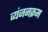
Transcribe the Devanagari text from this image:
व्यंजनक्रम